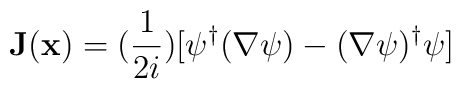
{\bf{J}}({\bf{x}}) = (\frac{1}{2i})[ \psi^{\dagger}(\nabla\psi) - (\nabla\psi)^{\dagger}\psi ]